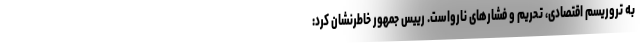
به تروریسم اقتصادی، تحریم و فشارهای نارواست. رییس جمهور خاطرنشان کرد: